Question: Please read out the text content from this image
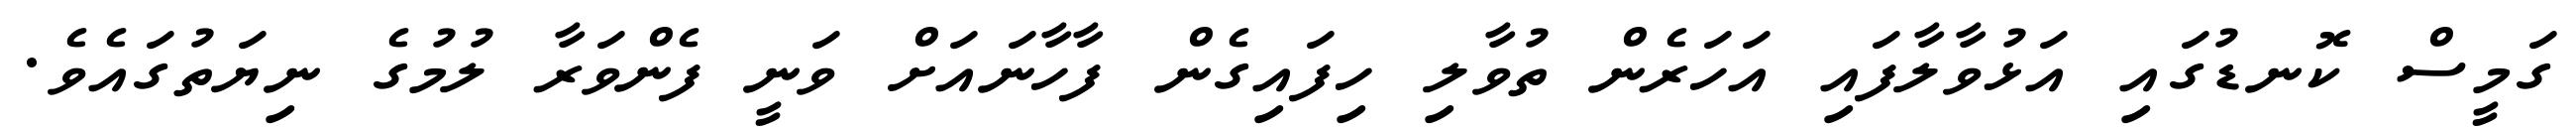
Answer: ގަމީސް ކޮނޑުގައި އަޅުވާލާފައި އަހަރެން ތުވާލި ހިފައިގެން ފާހާނައަށް ވަނީ ފެންވަރާ ލުމުގެ ނިޔަތުގައެވެ.